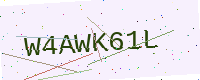
Text: W4AWK61L